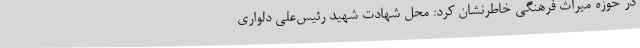
در حوزه میراث فرهنگی خاطرنشان کرد: محل شهادت شهید رئیس‌علی دلواری